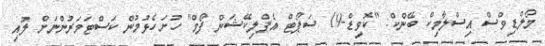
މޯލްޑިވްސް އިސްލާމިކް ބޭންކް: "ކޮވިޑް-19 ސަޕޯޓް އެޕްލިކޭޝަން ފޯމް" ހުށަހެޅުމުން ކަސްޓަމަރުންނަށް ލުއި